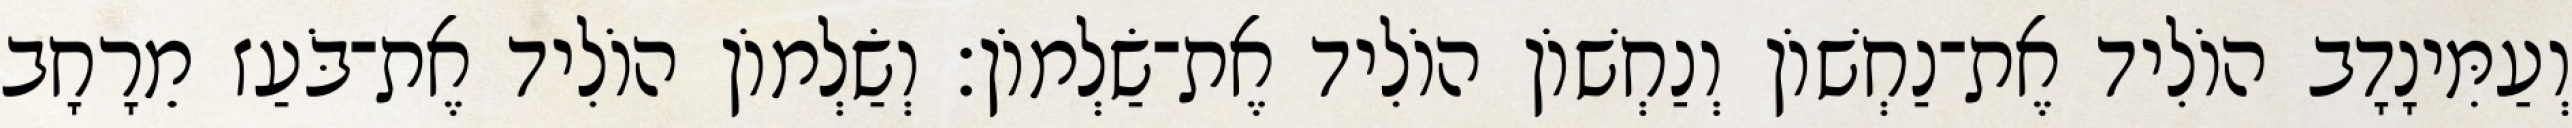
וְעַמִּינָדָב הוֹלִיד אֶת־נַחְשׁוֹן וְנַחְשׁוֹן הוֹלִיד אֶת־שַׂלְמוֹן׃ וְשַׂלְמוֹן הוֹלִיד אֶת־בֹּעַז מֵרָחָב